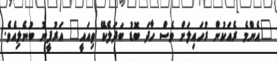
"އެންމެ ރެއަކުން ރުހައިލަށް ވެސް ހާދަ ބޮޑު ބަދަލެކޭ ތިއައީ" އަރުފީނު ބުނެލިއެވެ.